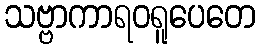
သဗ္ဗာကာရဝရူပေတေ